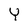
Character: Y